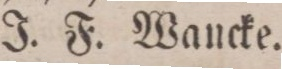
J. F. Wancke.